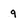
Character: 9